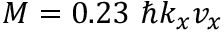
M = 0 . 2 3 ~ \hbar k _ { x } v _ { x }